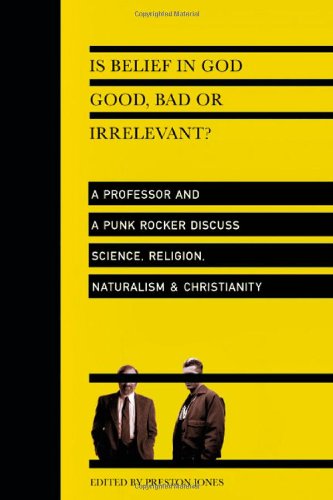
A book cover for Is Belief in God Good, Bad or Irrelevant?: A Professor and a Punk Rocker Discuss Science, Religion, Naturalism  Christianity; Biographies & Memoirs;